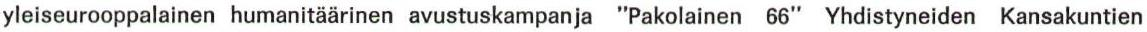
yleiseurooppalainen humanitäärinen avustuskampanja "Pakolainen 66" Yhdistyneiden Kansakuntien